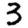
Digit: 3